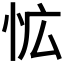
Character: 𭜡